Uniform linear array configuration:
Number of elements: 48
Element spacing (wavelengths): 1
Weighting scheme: uniform
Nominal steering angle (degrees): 45
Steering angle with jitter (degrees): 44.079
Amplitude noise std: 0.05
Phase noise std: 0.05

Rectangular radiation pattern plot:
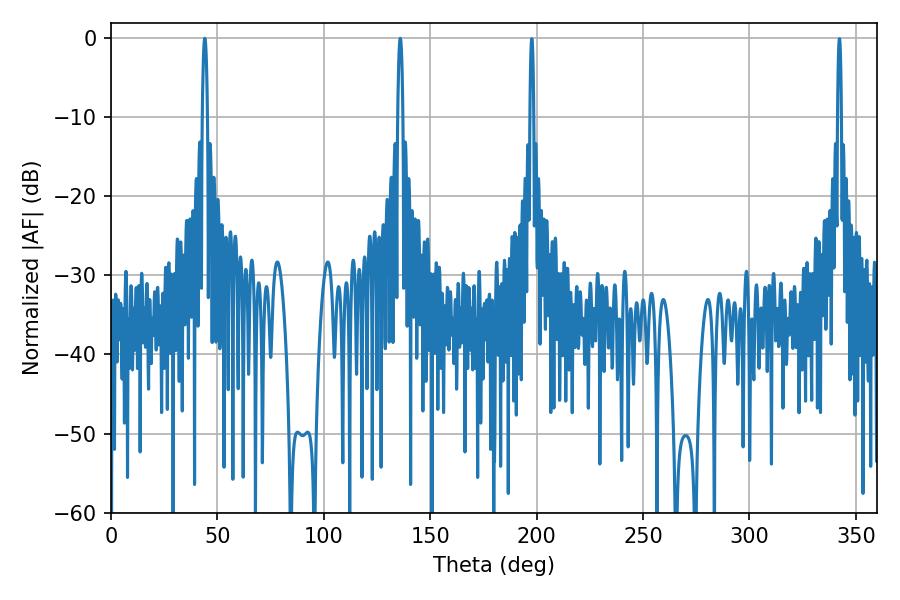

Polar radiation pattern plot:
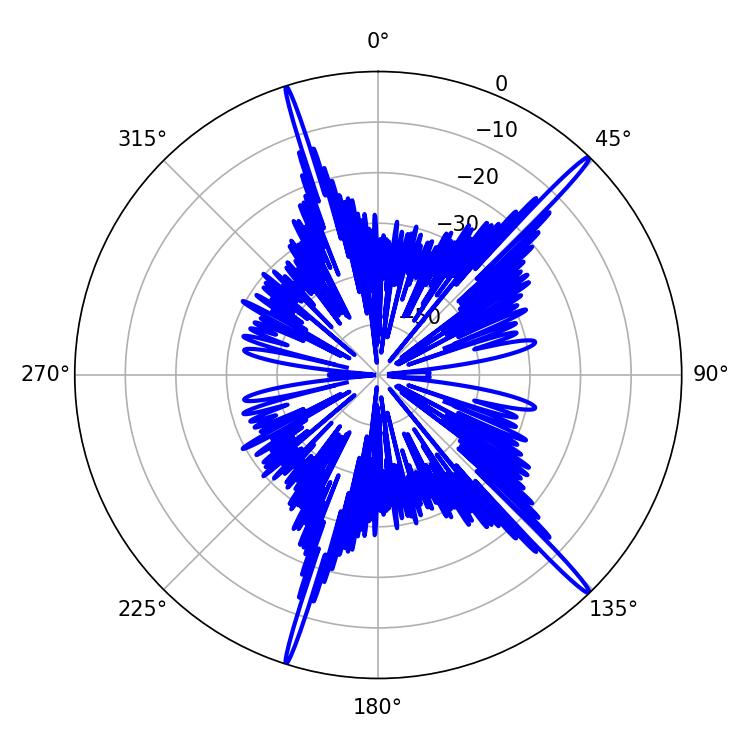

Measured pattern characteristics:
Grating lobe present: TRUE
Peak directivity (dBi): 18.704
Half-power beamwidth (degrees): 1.26
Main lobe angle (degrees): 135.9